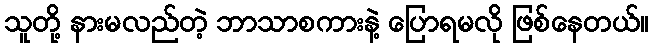
သူတို့ နားမလည်တဲ့ ဘာသာစကားနဲ့ ပြောရမလို ဖြစ်နေတယ်။